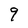
Character: 9